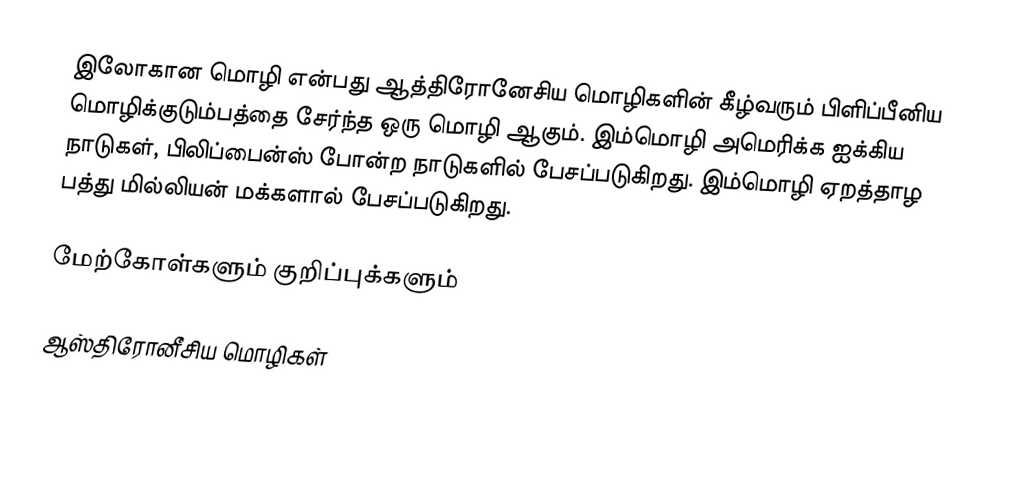
இலோகான மொழி என்பது ஆத்திரோனேசிய மொழிகளின் கீழ்வரும் பிளிப்பீனிய மொழிக்குடும்பத்தை சேர்ந்த ஒரு மொழி ஆகும். இம்மொழி அமெரிக்க ஐக்கிய நாடுகள், பிலிப்பைன்ஸ் போன்ற நாடுகளில் பேசப்படுகிறது. இம்மொழி ஏறத்தாழ பத்து மில்லியன் மக்களால் பேசப்படுகிறது.

மேற்கோள்களும் குறிப்புக்களும்

ஆஸ்திரோனீசிய மொழிகள்